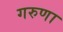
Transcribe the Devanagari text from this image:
गरुणा